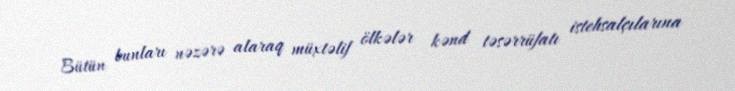
Bütün bunları nəzərə alaraq müxtəlif ölkələr kənd təsərrüfatı istehsalçılarına